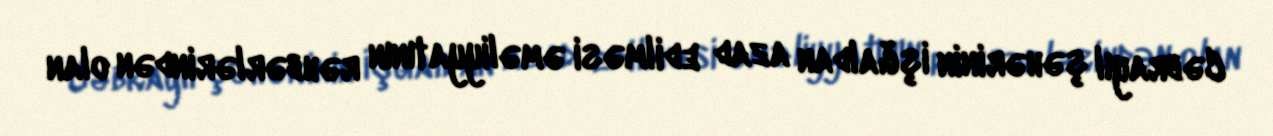
Cəbrayıl şəhərinin işğaldan azad edilməsi əməliyyatının rəhbərlərindən olan